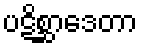
ပဋိစ္ဆာဒေတာ